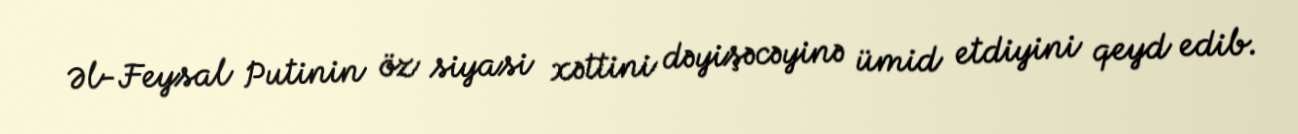
Əl-Feysal Putinin öz siyasi xəttini dəyişəcəyinə ümid etdiyini qeyd edib.